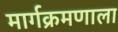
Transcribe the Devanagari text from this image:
मार्गक्रमणाला